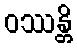
ဝဿန္တိ